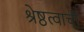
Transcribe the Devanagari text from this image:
श्रेष्ठत्वाची